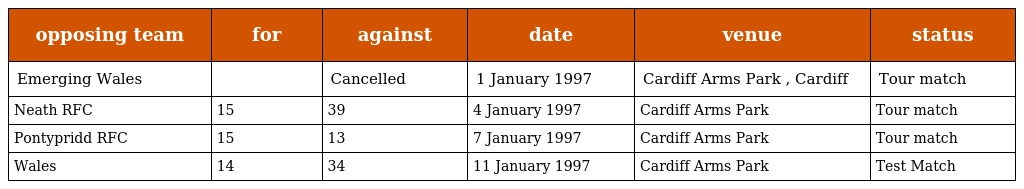
| opposing team | for | against | date | venue | status |
 | --- | --- | --- | --- | --- | --- |
 | Emerging Wales |  | Cancelled | 1 January 1997 | Cardiff Arms Park , Cardiff | Tour match |
 | Neath RFC | 15 | 39 | 4 January 1997 | Cardiff Arms Park | Tour match |
 | Pontypridd RFC | 15 | 13 | 7 January 1997 | Cardiff Arms Park | Tour match |
 | Wales | 14 | 34 | 11 January 1997 | Cardiff Arms Park | Test Match |